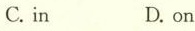
C. in D. on